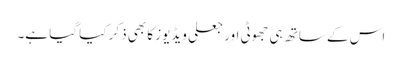
اس کے ساتھ ہی جھوٹی اور جعلی ویڈیوز کا بھی ذکر کیا گیا ہے۔